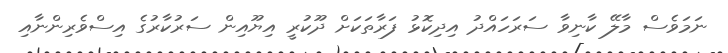
ނަމަވެސް މާލޭ ކާނިވާ ސަރަހައްދު އިދިކޮޅު ފަރާތަކަށް ދޫކުރީ އިޔޫއިން ސަރުކާރުގެ އިސްވެރިންނާއި